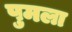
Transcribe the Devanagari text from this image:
पुमला